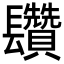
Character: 𨳄